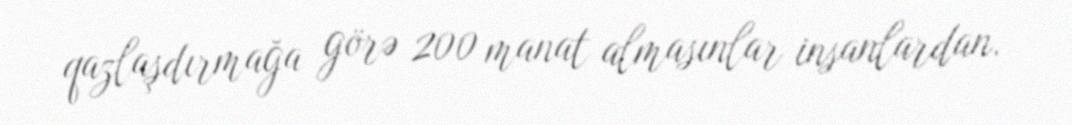
qazlaşdırmağa görə 200 manat almasınlar insanlardan.